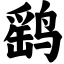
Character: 鹞